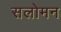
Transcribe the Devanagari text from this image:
सलोमन